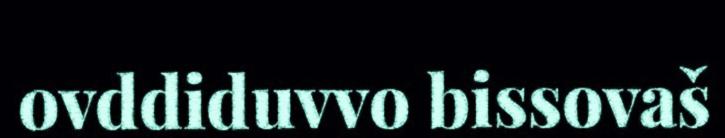
ovddiduvvo bissovaš